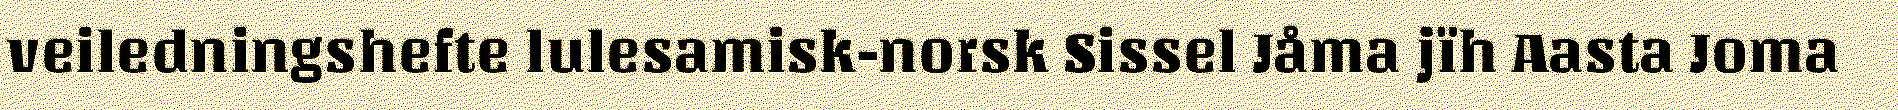
veiledningshefte lulesamisk-norsk Sissel Jåma jïh Aasta Joma